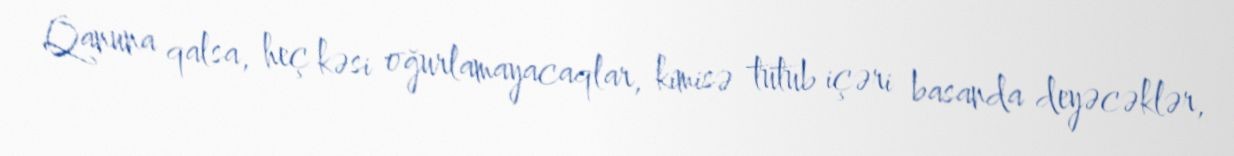
Qanuna qalsa, heç kəsi oğurlamayacaqlar, kimisə tutub içəri basanda deyəcəklər,